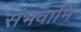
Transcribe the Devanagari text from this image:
संभवामि